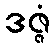
ဒဇ္ဇံ